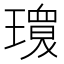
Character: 𱯫